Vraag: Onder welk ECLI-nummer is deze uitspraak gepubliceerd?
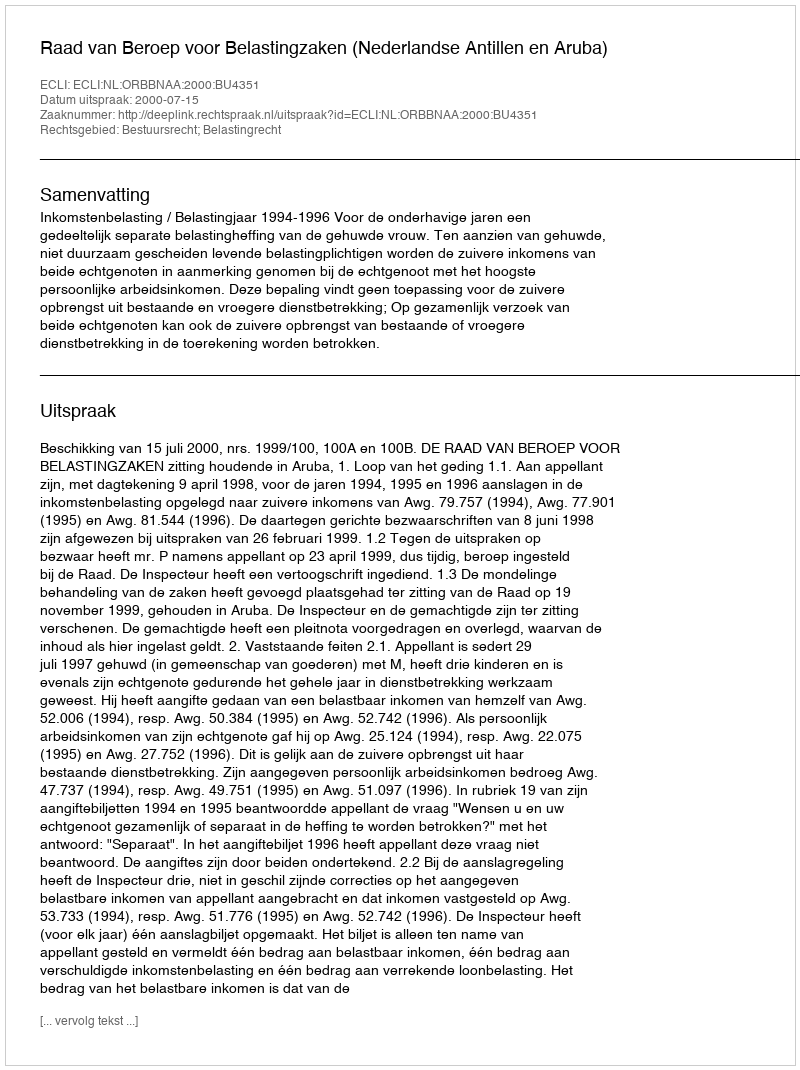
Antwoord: ECLI:NL:ORBBNAA:2000:BU4351